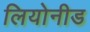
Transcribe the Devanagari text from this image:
लियोनीड